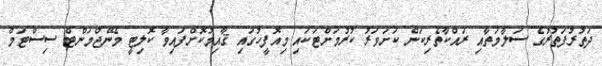
ދަތުރުފަތުރުގެ ސަލާމަތާއި ރައްކާތެރިކަން ކަށަވަރު ކުރުމަށްޓަކައި މިއޮފީހުގައި ޤާއިމުކޮށްފައިވާ ކޮލިޓީ މެނޭޖްމަންޓް ސިސްޓަމް